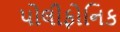
પોલીફોનિક